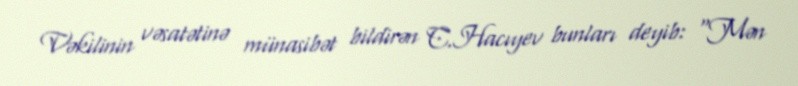
Vəkilinin vəsatətinə münasibət bildirən C.Hacıyev bunları deyib: “Mən